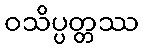
ဝသိပ္ပတ္တဿ